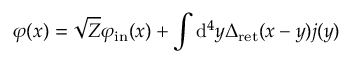
\varphi ( x ) = { \sqrt { Z } } \varphi _ { \mathrm { i n } } ( x ) + \int \mathrm { d } ^ { 4 } y \Delta _ { \mathrm { r e t } } ( x - y ) j ( y )